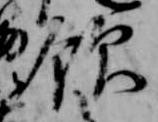
飲